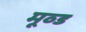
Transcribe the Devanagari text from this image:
मूव्ड